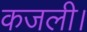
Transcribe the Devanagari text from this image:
कजली।